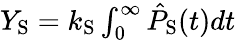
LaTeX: \begin{array}{r}{Y_{\mathrm{S}}=k_{\mathrm{S}}\int_{0}^{\infty}\hat{P}_{\mathrm{S}}(t)dt}\end{array}